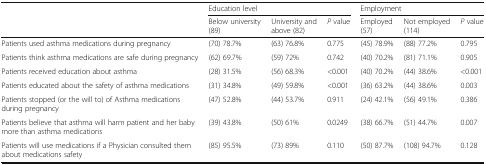
<table><thead><tr><td></td><td colspan="3"><b>Education level</b></td><td colspan="3"><b>Employment</b></td></tr><tr><td></td><td><b>Below university(89)</b></td><td><b>University and above (82)</b></td><td><b><i>P</i> value</b></td><td><b>Employed(57)</b></td><td><b>Not employed(114)</b></td><td><b><i>P</i> value</b></td></tr></thead><tbody><tr><td>Patients used asthma medications during pregnancy</td><td>(70) 78.7%</td><td>(63) 76.8%</td><td>0.775</td><td>(45) 78.9%</td><td>(88) 77.2%</td><td>0.795</td></tr><tr><td>Patients think asthma medications are safe during pregnancy</td><td>(62) 69.7%</td><td>(59) 72%</td><td>0.742</td><td>(40) 70.2%</td><td>(81) 71.1%</td><td>0.905</td></tr><tr><td>Patients received education about asthma</td><td>(28) 31.5%</td><td>(56) 68.3%</td><td>&lt;0.001</td><td>(40) 70.2%</td><td>(44) 38.6%</td><td>&lt;0.001</td></tr><tr><td>Patients educated about the safety of asthma medications</td><td>(31) 34.8%</td><td>(49) 59.8%</td><td>&lt;0.001</td><td>(36) 63.2%</td><td>(44) 38.6%</td><td>0.003</td></tr><tr><td>Patients stopped (or the will to) of Asthma medications during pregnancy</td><td>(47) 52.8%</td><td>(44) 53.7%</td><td>0.911</td><td>(24) 42.1%</td><td>(56) 49.1%</td><td>0.386</td></tr><tr><td>Patients believe that asthma will harm patient and her baby more than asthma medications</td><td>(39) 43.8%</td><td>(50) 61%</td><td>0.0249</td><td>(38) 66.7%</td><td>(51) 44.7%</td><td>0.007</td></tr><tr><td>Patients will use medications if a Physician consulted them about medications safety</td><td>(85) 95.5%</td><td>(73) 89%</td><td>0.110</td><td>(50) 87.7%</td><td>(108) 94.7%</td><td>0.128</td></tr></tbody></table>